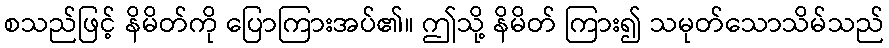
စသည်ဖြင့် နိမိတ်ကို ပြောကြားအပ်၏။ ဤသို့ နိမိတ် ကြား၍ သမုတ်သောသိမ်သည်